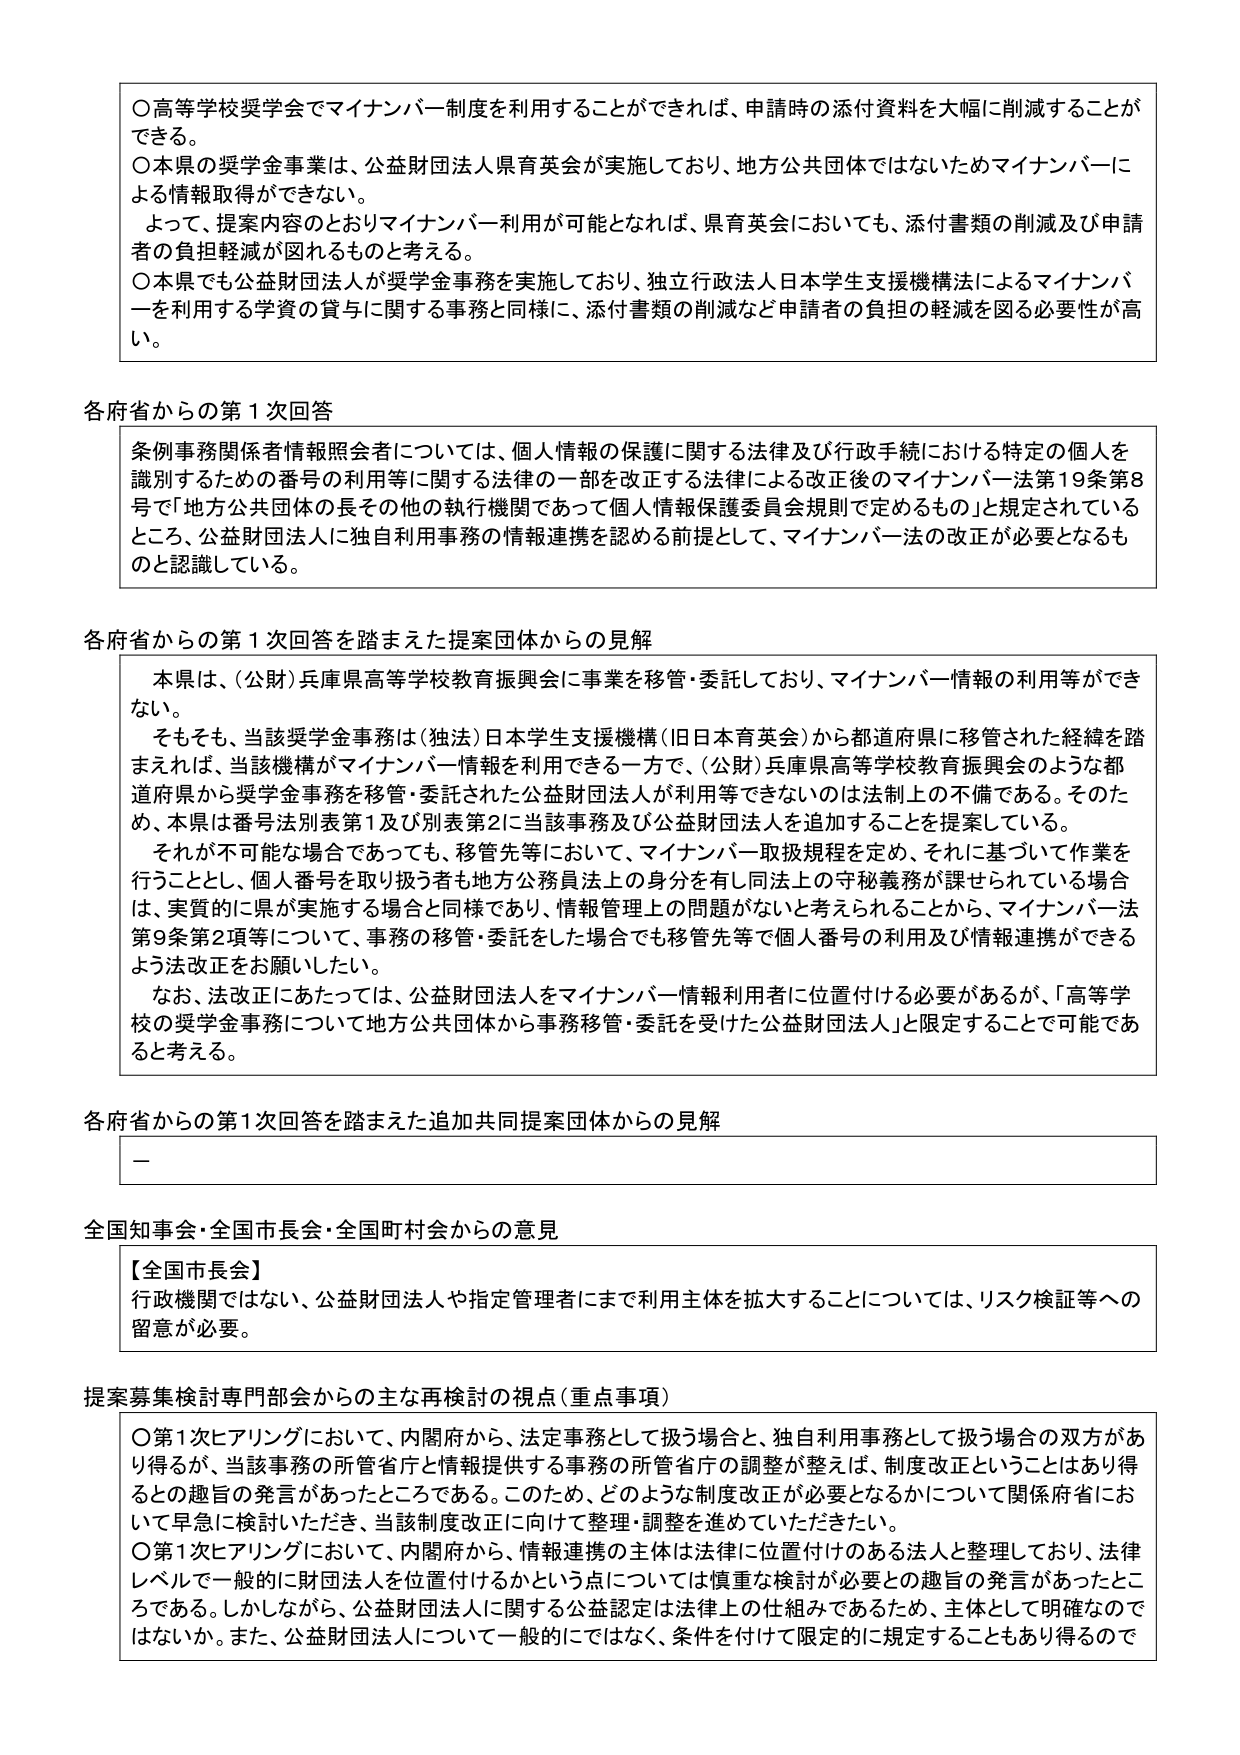
〇高等学校奨学金でマイナンバー制度を利用することができれば、申請時の添付資料を大幅に削減することができる。
〇本県の奨学金事業は、公益財団法人県育英会が実施しており、地方公共団体ではないためマイナンバーによる情報取得ができない。
　よって、提案内容のとおりマイナンバー利用が可能となれば、県育英会においても、添付書類の削減及び申請者の負担軽減が図れるものと考える。
〇本県でも公益財団法人が奨学金事務を実施しており、独立行政法人日本学生支援機構法によるマイナンバーを利用する学資の貸与に関する事務と同様に、添付書類の削減など申請者の負担の軽減を図る必要性が高い。

各府省からの第1次回答
条例事務関係者情報照会者については、個人情報の保護に関する法律及び行政手続における特定の個人を識別するための番号の利用等に関する法律の一部を改正する法律による改正後のマイナンバー法第19条第8号で「地方公共団体の長その他の執行機関であって個人情報保護委員会規則で定めるもの」と規定されているところ、公益財団法人に独自利用事務の情報連携を認める前提として、マイナンバー法の改正が必要となるものと認識している。

各府省からの第1次回答を踏まえた提案団体からの見解
　本県は、（公財）兵庫県高等学校教育振興会に事業を移管・委託しており、マイナンバー情報の利用等ができない。
　そもそも、当該奨学金事務は（独法）日本学生支援機構（旧日本育英会）から都道府県に移管された経緯を踏まえれば、当該機構がマイナンバー情報を利用できる一方で、（公財）兵庫県高等学校教育振興会のような都道府県から奨学金事務を移管・委託された公益財団法人が利用等できないのは法制上の不備である。そのため、本県は番号法別表第1及び別表第2に当該事務及び公益財団法人を追加することを提案している。
　それが不可能な場合であっても、移管先等において、マイナンバー取扱規程を定め、それに基づいて作業を行うこととし、個人番号を取り扱う者も地方公務員法上の身分を有し同法上の守秘義務が課せられている場合は、実質的に県が実施する場合と同様であり、情報管理上の問題がないと考えられることから、マイナンバー法第9条第2項等について、事務の移管・委託した場合でも移管先等で個人番号の利用及び情報連携ができるよう法改正をお願いしたい。
　なお、法改正にあたっては、公益財団法人をマイナンバー情報利用者に位置付ける必要があるが、「高等学校の奨学金事務について地方公共団体から事務移管・委託を受けた公益財団法人」と限定することで可能であると考える。

各府省からの第1次回答を踏まえた追加共同提案団体からの見解
－

全国知事会・全国市長会・全国町村会からの意見
【全国市長会】
行政機関ではない、公益財団法人や指定管理者にまで利用主体を拡大することについては、リスク検証等への留意が必要。

提案募集検討専門部会からの主な再検討の視点（重点事項）
〇第1次ヒアリングにおいて、内閣府から、法定事務として扱う場合と、独自利用事務として扱う場合の双方があり得るが、当該事務の所管省庁と情報提供する事務の所管省庁の調整が整えば、制度改正ということはあり得るとの趣旨の発言があったところである。このため、どのような制度改正が必要となるかについて関係府省において早急に検討いただき、当該制度改正に向けて整理・調整を進めていただきたい。
〇第1次ヒアリングにおいて、内閣府から、情報連携の主体は法律に位置付けのある法人と整理しており、法律レベルで一般的に財団法人を位置付けるかという点については慎重な検討が必要との趣旨の発言があったところである。しかしながら、公益財団法人に関する公益認定は法律上の仕組みであるため、主体として明確なのではないか。また、公益財団法人について一般的にではなく、条件を付けて限定的に規定することもあり得るので